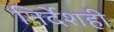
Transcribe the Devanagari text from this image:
निर्देशही